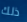
ذلك